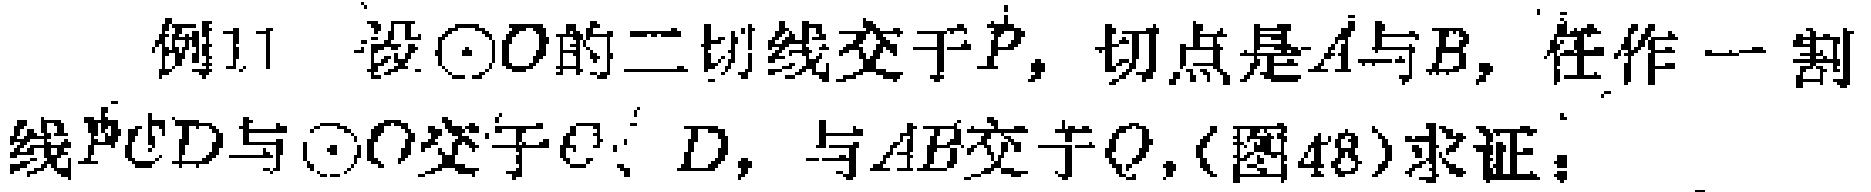
例11 设$\odot O$的二切线交于$P$，切点是$A$与$B$，任作一割线$PCD$与$\odot O$交于$C$、$D$，与$AB$交于$Q$,（图48）求证：